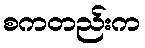
စကတည်းက